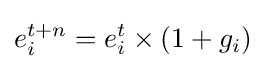
e_{i}^{t+n}=e_{i}^{t}\times (1+g_{i})